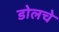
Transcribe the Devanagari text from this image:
डोलचे